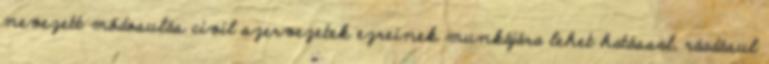
nevezett módosulás civil szervezetek ezreinek munkájára lehet hatással, ráadásul